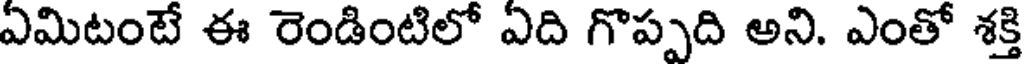
ఏమిటంటే ఈ రెండింటిలో ఏది గొప్పది అని. ఎంతో శక్తి